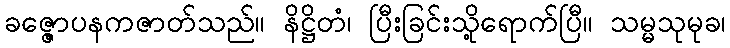
ခဇ္ဇောပနကဇာတ်သည်။ နိဋ္ဌိတံ၊ ပြီးခြင်းသို့ရောက်ပြီ။ သမ္မသုမုခ၊